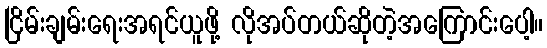
ငြိမ်းချမ်းရေးအရင်ယူဖို့ လိုအပ်တယ်ဆိုတဲ့အကြောင်းပေါ့။